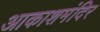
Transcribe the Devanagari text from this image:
आकाशमंदिर